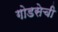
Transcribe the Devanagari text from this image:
गोडसेची